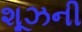
શૂઝની